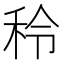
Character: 秢